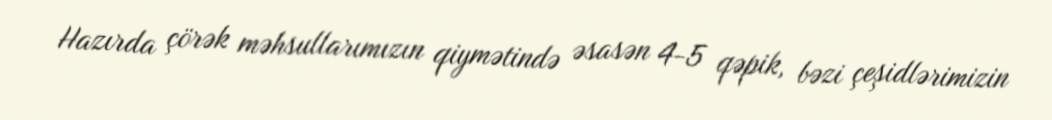
Hazırda çörək məhsullarımızın qiymətində əsasən 4-5 qəpik, bəzi çeşidlərimizin